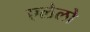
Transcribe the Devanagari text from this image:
एलेलो